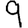
Digit: 9